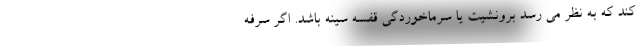
کند که به نظر می رسد برونشیت یا سرماخوردگی قفسه سینه باشد. اگر سرفه